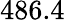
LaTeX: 486.4